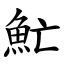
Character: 䰶